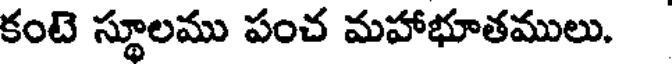
కంటె స్థూలము పంచ మహాభూతములు.